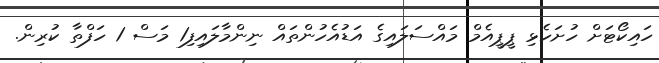
ހައިކޯޓަށް ހުށަހެޅި ޕީޕީއެމް މައްސަލައިގެ އަޑުއެހުންތައް ނިންމާލައިފި1 މަސް 1 ހަފްތާ ކުރިން.